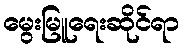
မွေးမြူရေးဆိုင်ရာ